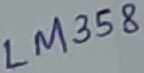
Text: LM358